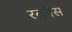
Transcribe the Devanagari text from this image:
रतनेस